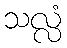
သလ္လံ